Indian journal of veterinary science and animal husbandry - Volume 7,
Year: 1937
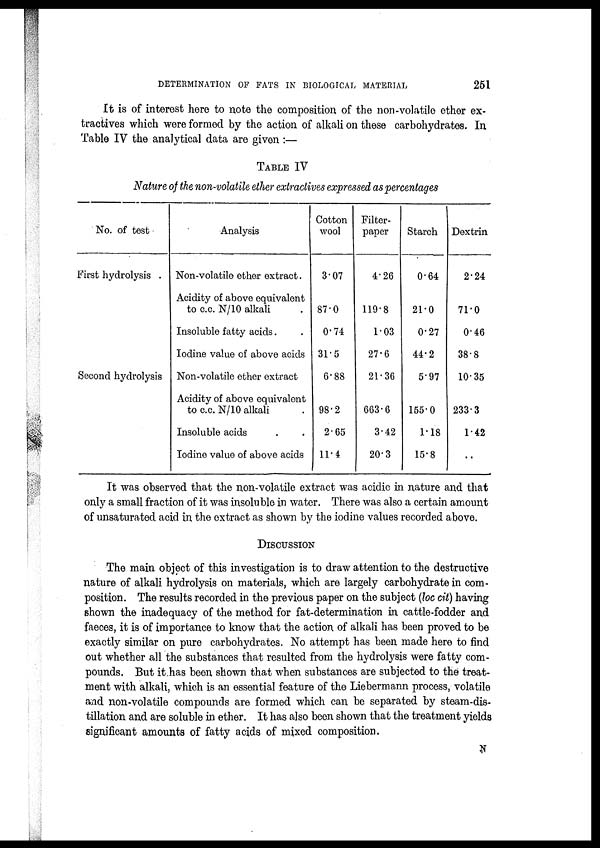
DETERMINATION OF FATS IN BIOLOGICAL MATERIAL
251
It is of interest here to note the composition of the non-volatile ether ex-
tractives which were formed by the action of alkali on these carbohydrates. In
Table IV the analytical data are given :—
TABLE IV
Nature of the non-volatile ether extractives expressed as percentages
No. of test
First hydrolysis .
Second hydrolysis
Analysis
Non-volatile ether extract.
Acidity of above equivalent
to c.c. N/10 alkali .
Insoluble fatty acids. .
Iodine value of above acids
Non-volatile ether extract
Acidity of above equivalent
to c.c. N/10 alkali
Insoluble acids
Iodine value of above acids
Cotton
wool
3.07
87.0
0.74
31.5
6.88
98.2
2.65
11.4
Filter-
paper
4.26
119.8
1.03
27.6
21.36
663.6
3.42
20.3
Starch
0.64
21.0
0.27
44.2
5.97
155.0
1.18
15.8
Dextrin
2.24
71.0
0.46
38.8
10.35
233.3
1.42
..
It was observed that the non-volatile extract was acidic in nature and that
only a small fraction of it was insoluble in water. There was also a certain amount
of unsaturated acid in the extract as shown by the iodine values recorded above.
DISCUSSION
The main object of this investigation is to draw attention to the destructive
nature of alkali hydrolysis on materials, which are largely carbohydrate in com-
position. The results recorded in the previous paper on the subject (loc cit) having
shown the inadequacy of the method for fat-determination in cattle-fodder and
faeces, it is of importance to know that the action of alkali has been proved to be
exactly similar on pure carbohydrates. No attempt has been made here to find
out whether all the substances that resulted from the hydrolysis were fatty com-
pounds. But it has been shown that when substances are subjected to the treat-
ment with alkali, which is an essential feature of the Liebermann process, volatile
and non-volatile compounds are formed which can be separated by steam-dis-
tillation and are soluble in ether. It has also been shown that the treatment yields
significant amounts of fatty acids of mixed composition.
N